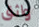
واثق